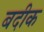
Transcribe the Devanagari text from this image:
बदीक